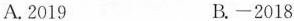
A. 2019 B.-2018